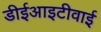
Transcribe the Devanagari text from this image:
डीईआइटीवाई